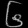
Digit: ၆